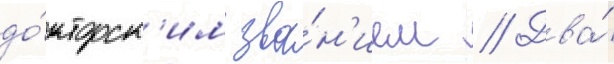
до́кторск'им зва́н'ием // Два́